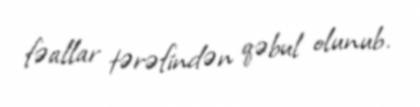
fəallar tərəfindən qəbul olunub.